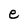
Character: e